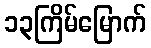
၁၃ကြိမ်မြောက်